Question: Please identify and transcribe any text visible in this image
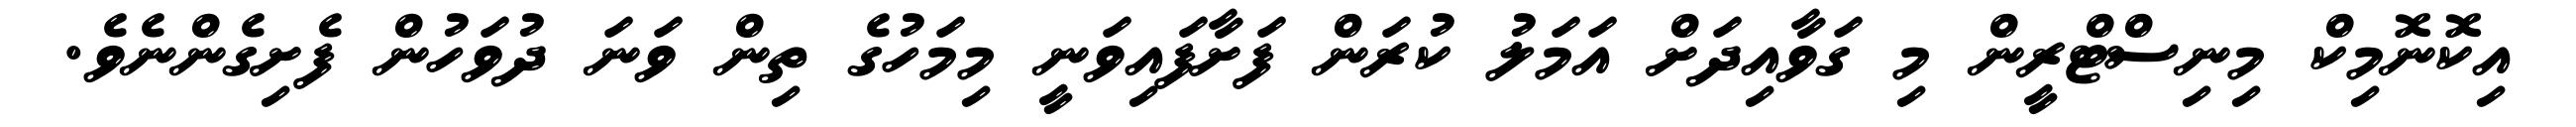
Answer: އިކޮނޮމިކް މިނިސްޓްރީން މި ގަވާއިދަށް އަމަލު ކުރަން ފަށާފައިވަނީ މިމަހުގެ ތިން ވަނަ ދުވަހުން ފެށިގެންނެވެ.